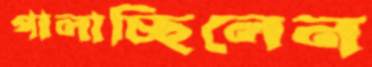
পালাচ্ছিলেন